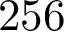
2 5 6